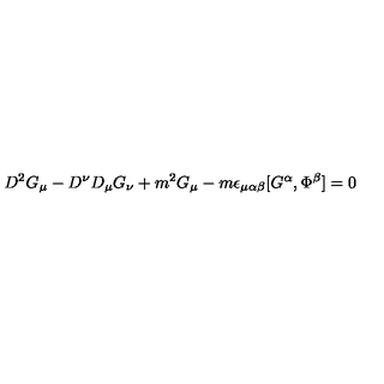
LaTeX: D ^ { 2 } G _ { \mu } - D ^ { \nu } D _ { \mu } G _ { \nu } + m ^ { 2 } G _ { \mu } - m \epsilon _ { \mu \alpha \beta } [ G ^ { \alpha } , \Phi ^ { \beta } ] = 0